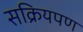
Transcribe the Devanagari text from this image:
सक्रियपण